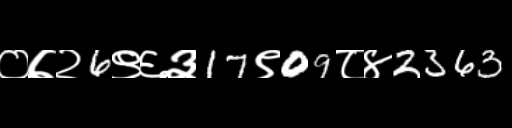
Text: ०७२6९६३17९09८४2363